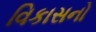
વિકાસનો